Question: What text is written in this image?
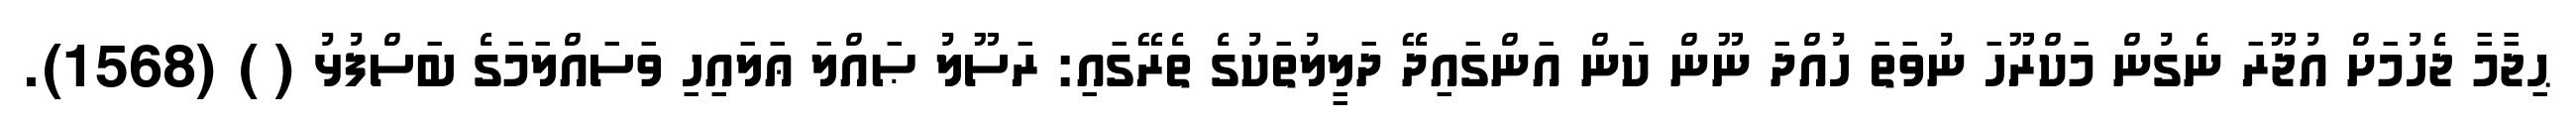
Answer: ޙިޖާމާ ޖެހުމަށް އުޖޫރަ ނެގުން މަކްރޫހަ ނުވަތަ ހުއްދަ ނޫން ކަން އަންގައިދޭ ދަލީލުތަކުގެ ތެރޭގައި: ރަސޫލު ޞައްލަ ޢަލައިހި ވަސައްލަމަގެ ބަސްފުޅު ( ) (1568).